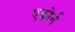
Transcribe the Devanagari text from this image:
एकोर्न